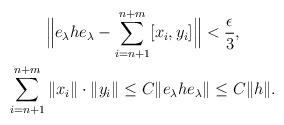
LaTeX: \begin{gather*}\Big\| e_{\lambda} h e_{\lambda} - \sum_{i=n+1}^{n+m} [x_i, y_i] \Big\| < \frac\epsilon {3},\\ \sum_{i=n+1}^{n+m} \| x_i \|\cdot \| y_i \| \leq C \| e_{\lambda} h e_{\lambda} \| \leq C \| h \|. \end{gather*}